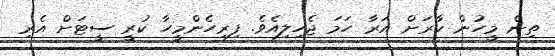
ތިން މީހުން ކާރަށް އަރާ ހަމަ ޖެހިލިއެވެ. ފިރިހެންމީހާ ކުރީ ސީޓަށް އެރި